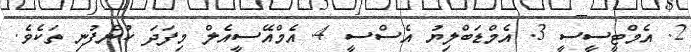
2. އެމްޓީސީސީ 3. އެމްޑަބްލިޔު އެސްސީ 4. އެމްއޭސީއެލް މިފަދަ ކުންފުނި ތަކެވެ.